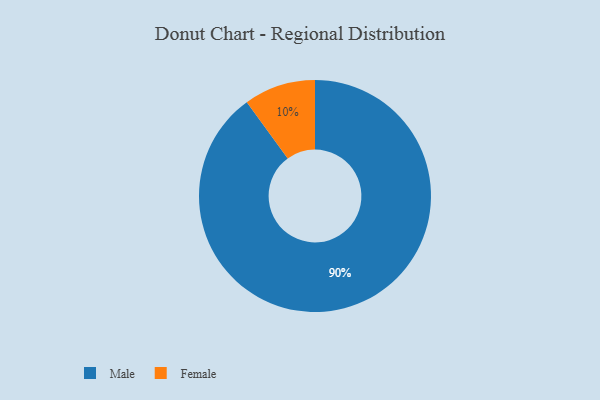
{"axis": {"x": "Category", "y": "Percentage"}, "legend": ["Female", "Male"], "data": [{"x": "Female", "y": 10, "type": "Female"}, {"x": "Male", "y": 90, "type": "Male"}]}